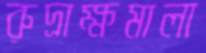
রুদ্রাক্ষমালা